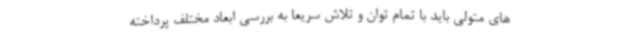
های متولی باید با تمام توان و تلاش سریعاً به بررسی ابعاد مختلف پرداخته